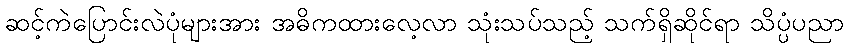
ဆင့်ကဲပြောင်းလဲပုံများအား အဓိကထားလေ့လာ သုံးသပ်သည့် သက်ရှိဆိုင်ရာ သိပ္ပံပညာ